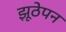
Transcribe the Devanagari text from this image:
झूठेपन